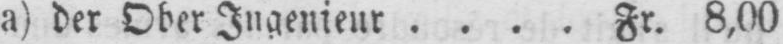
a) der Ober Ingenieur .... Fr. 8,00